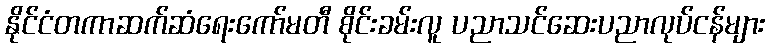
နိုင်ငံတကာဆက်ဆံရေးကော်မတီ စိုင်းခမ်းလူ ပညာသင်ဆေးပညာလုပ်ငန်များ